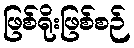
ဖြစ်ရိုးဖြစ်စဉ်